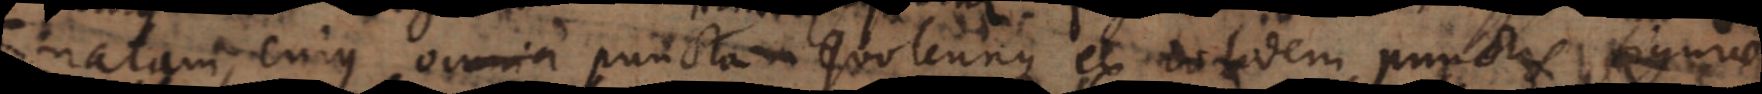
atam, cujus omnia puncta quotcunque ex totidem punctis figurae